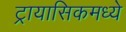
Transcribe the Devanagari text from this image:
ट्रायासिकमध्ये